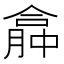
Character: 𠎏